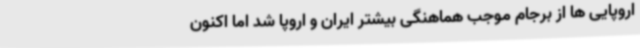
اروپایی ها از برجام موجب هماهنگی بیشتر ایران و اروپا شد اما اکنون